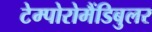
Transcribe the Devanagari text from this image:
टेम्पोरोमैंडिबुलर